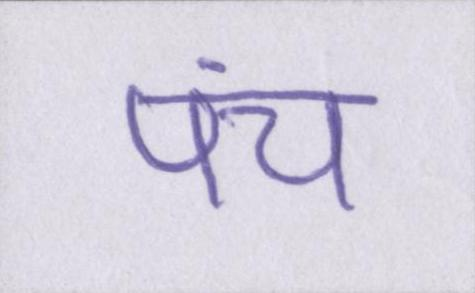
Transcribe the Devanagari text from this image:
पंच